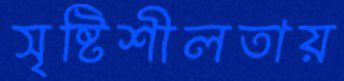
সৃষ্টিশীলতায়